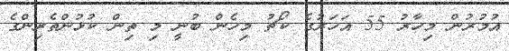
އުމުރުން މިހާރު 55 އަހަރުގެ ކޯޗު މިހެން ބުނީ މި ތިން ކުޅުންތެރިންގެ